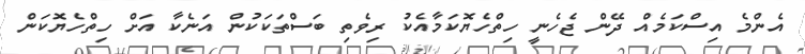
އެންމެ އިސްކަމެއް ދޭން ޖެހެނީ ހިތްހެޔޮކަމާއެކު ރިވެތި ބަސްތަކަކުން އަނެކާ އަށް ހިތްހެޔޮކަން